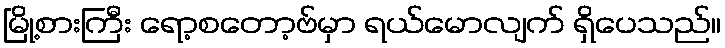
မြို့စားကြီး ရော့စတော့ဗ်မှာ ရယ်မောလျက် ရှိပေသည်။